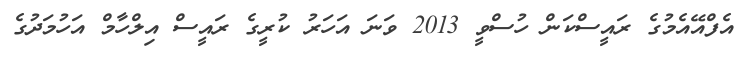
އެފްއޭއެމުގެ ރައީސްކަން ހުސްވީ 2013 ވަނަ އަހަރު ކުރީގެ ރައީސް އިލްހާމް އަހުމަދުގެ